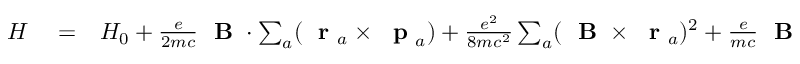
\begin{array} { r l r } { H } & { { } = } & { H _ { 0 } + \frac { e } { 2 m c } \mathrm { ~ \bf ~ B ~ } \cdot \sum _ { a } ( \mathrm { ~ \bf ~ r ~ } _ { a } \times \mathrm { ~ \bf ~ p ~ } _ { a } ) + \frac { e ^ { 2 } } { 8 m c ^ { 2 } } \sum _ { a } ( \mathrm { ~ \bf ~ B ~ } \times \mathrm { ~ \bf ~ r ~ } _ { a } ) ^ { 2 } + \frac { e } { m c } \mathrm { ~ \bf ~ B ~ } \cdot \sum _ { a } \mathrm { ~ \bf ~ s ~ } _ { a } } \end{array}